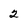
Character: 2